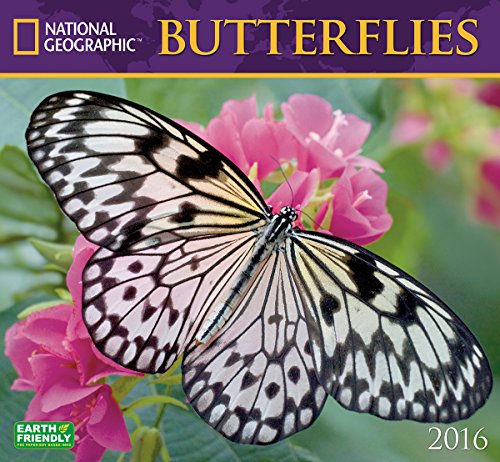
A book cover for Butterflies National Geographic 2016 Wall Calendar; National Geographic Society; Calendars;